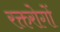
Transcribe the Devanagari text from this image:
रक्तरोगों